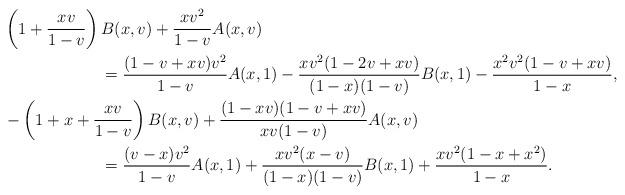
LaTeX: \begin{align*}&\left(1+\frac{xv}{1-v}\right)B(x,v)+\frac{xv^2}{1-v}A(x,v)\\&\qquad\qquad\qquad=\frac{(1-v+xv)v^2}{1-v}A(x,1)-\frac{xv^2(1-2v+xv)}{(1-x)(1-v)}B(x,1)-\frac{x^2v^2(1-v+xv)}{1-x},\\&-\left(1+x+\frac{xv}{1-v}\right)B(x,v)+\frac{(1-xv)(1-v+xv)}{xv(1-v)}A(x,v)\\&\qquad\qquad\qquad=\frac{(v-x)v^2}{1-v}A(x,1)+\frac{xv^2(x-v)}{(1-x)(1-v)}B(x,1)+\frac{xv^2(1-x+x^2)}{1-x}.\end{align*}